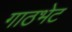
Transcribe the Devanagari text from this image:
गाठभेट